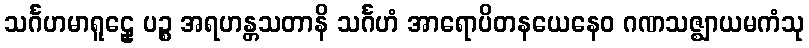
သင်္ဂဟမာရူဠှေ ပဉ္စ အရဟန္တသတာနိ သင်္ဂဟံ အာရောပိတနယေနေဝ ဂဏသဇ္ဈာယမကံသု